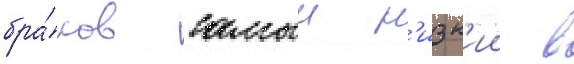
бра́ков самыи н'изк'ии в